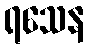
ရသေန